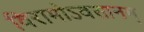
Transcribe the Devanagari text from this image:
विरामोऽवसानम्